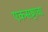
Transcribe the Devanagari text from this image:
एकसष्टावा